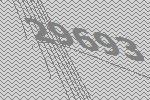
29693